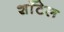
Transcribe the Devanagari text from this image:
शाँटेल